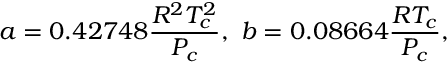
a = 0 . 4 2 7 4 8 \frac { R ^ { 2 } T _ { c } ^ { 2 } } { P _ { c } } , \ b = 0 . 0 8 6 6 4 \frac { R T _ { c } } { P _ { c } } ,